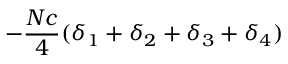
- { \frac { N c } { 4 } } ( \delta _ { 1 } + \delta _ { 2 } + \delta _ { 3 } + \delta _ { 4 } )